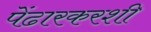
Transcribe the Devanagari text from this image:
पेंढारकरशी